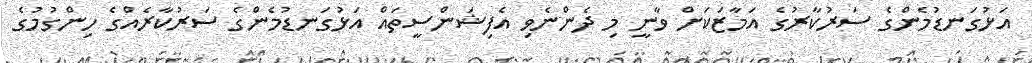
އަޅުގަނޑުމެންގެ ސަރުކާރުގެ އަމާޒަކަށް ވާނީ މި ދެންނެވި އެފިޝަންސީތައް އަޅުގަނޑުމެންގެ ސަރުކާރެއްގެ ހިންގުމުގެ